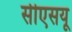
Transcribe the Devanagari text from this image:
सीएसयू